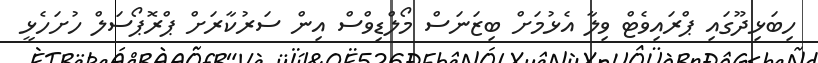
ހިބަޅިދޫގައި ޕްރައިވެޓް ވިލާ އެޅުމަށް ބިޒަނަސް މޯލްޑިވްސް އިން ސަރުކާރަށް ޕްރޮޕޯސަލް ހުށަހެޅީ